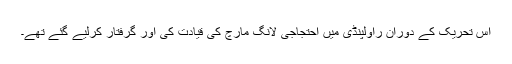
اس تحریک کے دوران راولپنڈی میں احتجاجی لانگ مارچ کی قیادت کی اور گرفتار کرلیے گئے تھے۔